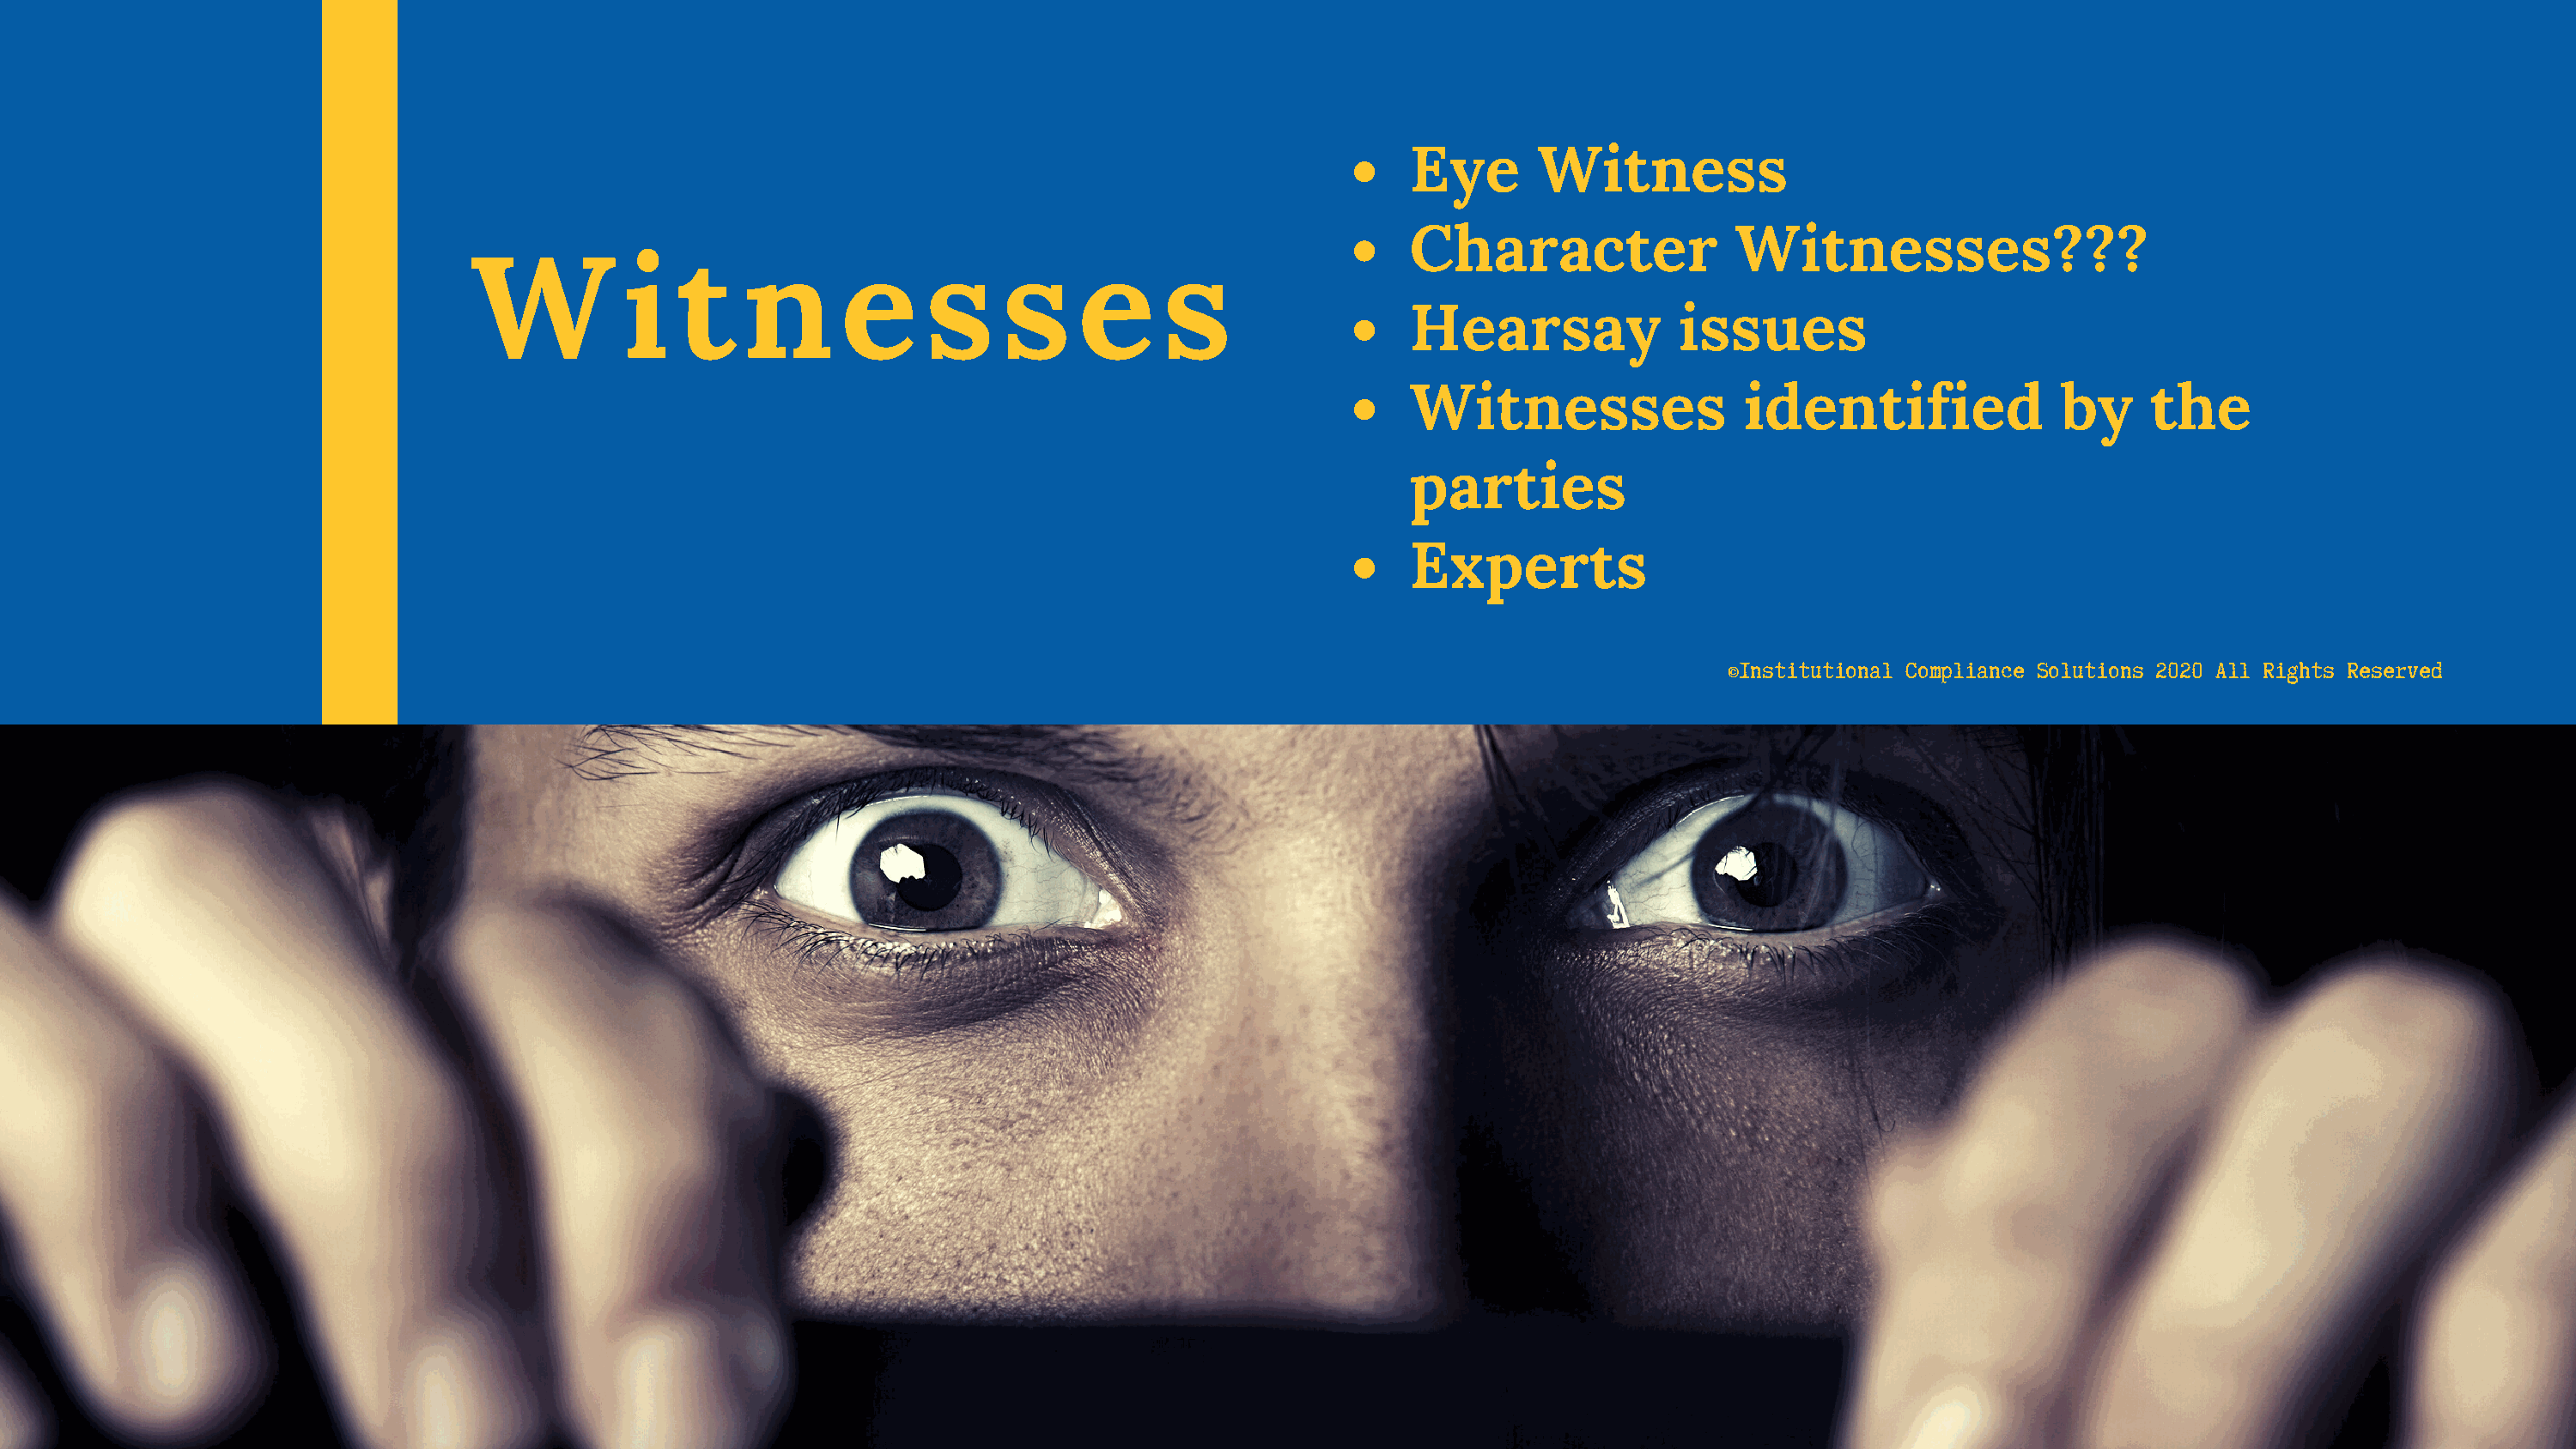
Eye      Witness
 Character                Witnesses???
 W           i   t    n       e     s     s     e      s
 Hearsay             issues
 Witnesses                identified               by     the
 parties
 Experts
 ©Institutional Compliance Solutions 2020 All Rights Reserved